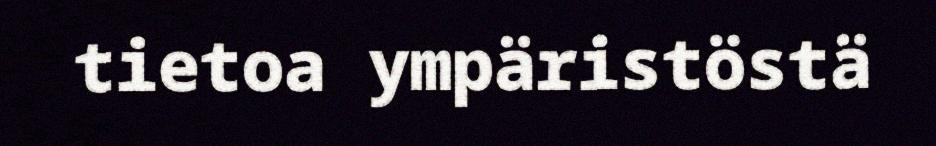
tietoa ympäristöstä